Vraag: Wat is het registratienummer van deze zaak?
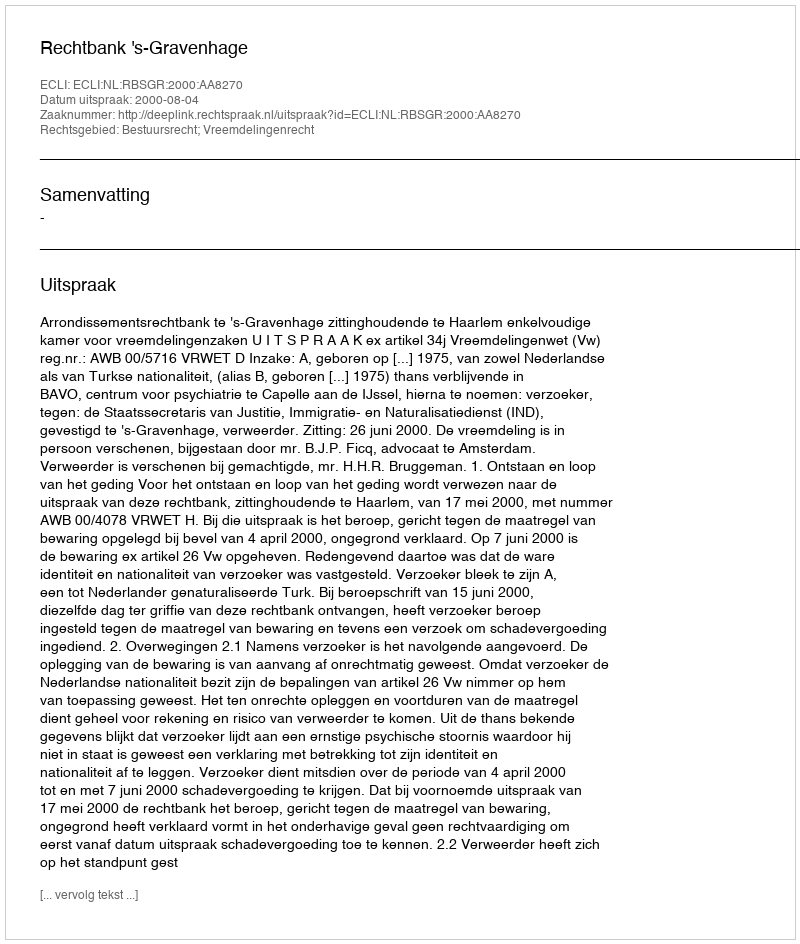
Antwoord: http://deeplink.rechtspraak.nl/uitspraak?id=ECLI:NL:RBSGR:2000:AA8270